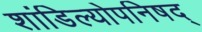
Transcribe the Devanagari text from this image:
शांडिल्योपनिषद्